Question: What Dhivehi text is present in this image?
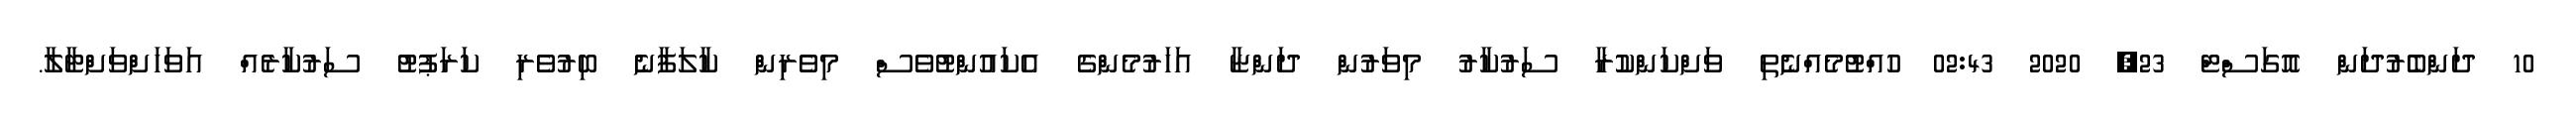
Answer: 10 ދަންބެރުދަން އޮގަސްޓް 23, 2020 02:43 ހުއްޓުމެއްނެތި ވަށްކަންކުރާ ސަރުކާރު މިވަރުން ދަންޏާ އަހަރުމެންގެ އެކައުންޓުވެސް މިވެރިން ކާލަފާނެ ބިރުވެރި ކަރަޕުޓު ސަރުކާރެއް އަވަހަށްވަށްޓާލާ.